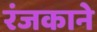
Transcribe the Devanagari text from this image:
रंजकाने